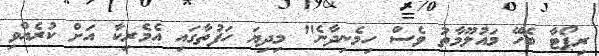
ރިޕޯޓާ ބެހޭ މައުލޫމާތު ވެސް ހިމެނިދާނެ" މިދިޔަ ހަފުތާގައި އެމެރިކާ އަށް ކުރެއްވި